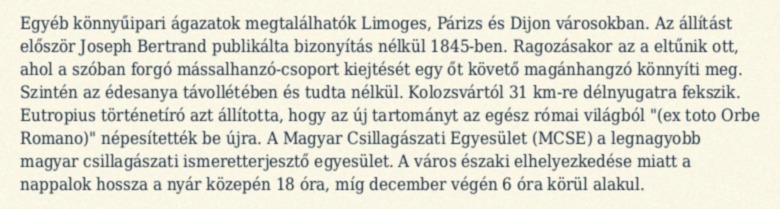
Egyéb könnyűipari ágazatok megtalálhatók Limoges, Párizs és Dijon városokban. Az állítást először Joseph Bertrand publikálta bizonyítás nélkül 1845-ben. Ragozásakor az a eltűnik ott, ahol a szóban forgó mássalhanzó-csoport kiejtését egy őt követő magánhangzó könnyíti meg. Szintén az édesanya távollétében és tudta nélkül. Kolozsvártól 31 km-re délnyugatra fekszik. Eutropius történetíró azt állította, hogy az új tartományt az egész római világból "(ex toto Orbe Romano)" népesítették be újra. A Magyar Csillagászati Egyesület (MCSE) a legnagyobb magyar csillagászati ismeretterjesztő egyesület. A város északi elhelyezkedése miatt a nappalok hossza a nyár közepén 18 óra, míg december végén 6 óra körül alakul.